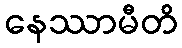
နေဿာမီတိ